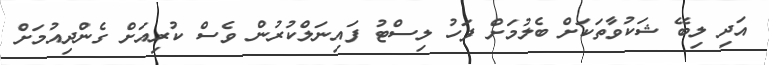
އަދި ލިބޭ ޝަކުވާތަކަށް ބެލުމަށް ފަހު ލިސްޓު ފައިނަލްކުރުން ވެސް ކުރިއަށް ގެންދިއުމަށް